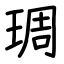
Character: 琱